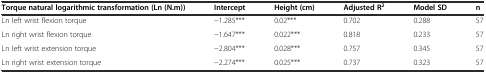
<table><thead><tr><td><b>Torque natural logarithmic transformation (Ln (N.m))</b></td><td><b>Intercept</b></td><td><b>Height (cm)</b></td><td><b>Adjusted R<sup>2</sup></b></td><td><b>Model SD</b></td><td><b>n</b></td></tr></thead><tbody><tr><td>Ln left wrist flexion torque</td><td>−1.285***</td><td>0.02***</td><td>0.702</td><td>0.288</td><td>57</td></tr><tr><td>Ln right wrist flexion torque</td><td>−1.647***</td><td>0.022***</td><td>0.818</td><td>0.233</td><td>57</td></tr><tr><td>Ln left wrist extension torque</td><td>−2.804***</td><td>0.028***</td><td>0.757</td><td>0.345</td><td>57</td></tr><tr><td>Ln right wrist extension torque</td><td>−2.274***</td><td>0.025***</td><td>0.737</td><td>0.323</td><td>57</td></tr></tbody></table>